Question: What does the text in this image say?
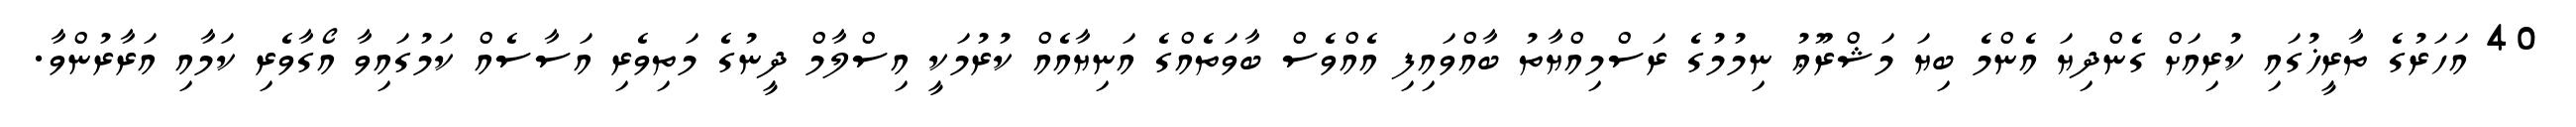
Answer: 40 އަހަރުގެ ތާރީޚުގައި ކުރިއަށް ގެންދިޔަ އެންމެ ބިޔަ މަޝްރޫޢު ނިމުމުގެ ރަސްމިއްޔާތު ބާއްވައިފި އެއްވެސް ބާވަތެއްގެ އަނިޔާއެއް ކުރުމަކީ އިސްލާމް ދީނުގެ މަތިވެރި އަސާސެއް ކަމުގައިވާ އޯގާވެރި ކަމާއި އަރާރުންވާ.